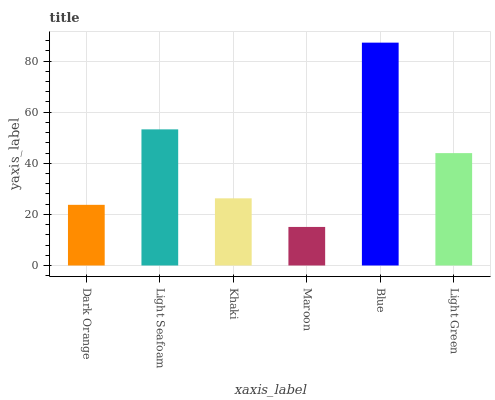
| xaxis_label | bars |
 | --- | --- |
 | Dark Orange | 23.7 |
 | Light Seafoam | 53.3 |
 | Khaki | 26.3 |
 | Maroon | 15.1 |
 | Blue | 87.2 |
 | Light Green | 44 |